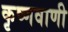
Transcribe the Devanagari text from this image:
कृष्णवाणी